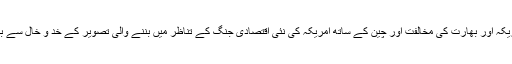
سی پیک کے حوالے سے امریکہ اور بھارت کی مخالفت اور چین کے ساتھ امریکہ کی نئی اقتصادی جنگ کے تناظر میں بننے والی تصویر کے خد و خال سے بھی عوام کو آگاہ کرنا اہم ہوگا۔